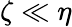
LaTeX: \zeta\ll\eta